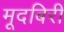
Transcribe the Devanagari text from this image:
मूदबिरी